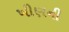
ખીણની